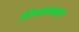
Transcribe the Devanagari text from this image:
दिनाकरण